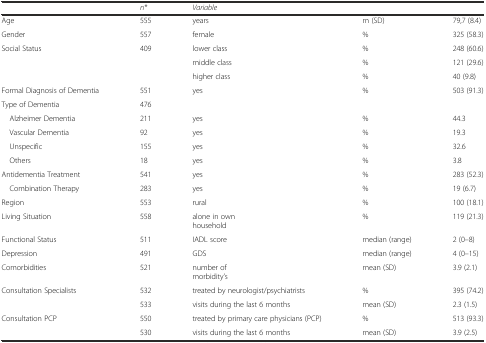
<table><thead><tr><td></td><td><b><i>n*</i></b></td><td><b><i>Variable</i></b></td><td></td><td></td></tr></thead><tbody><tr><td>Age</td><td>555</td><td>years</td><td>m (SD)</td><td>79,7 (8.4)</td></tr><tr><td>Gender</td><td>557</td><td>female</td><td>%</td><td>325 (58.3)</td></tr><tr><td rowspan="3">Social Status</td><td rowspan="3">409</td><td>lower class</td><td>%</td><td>248 (60.6)</td></tr><tr><td>middle class</td><td>%</td><td>121 (29.6)</td></tr><tr><td>higher class</td><td>%</td><td>40 (9.8)</td></tr><tr><td>Formal Diagnosis of Dementia</td><td>551</td><td>yes</td><td>%</td><td>503 (91.3)</td></tr><tr><td>Type of Dementia</td><td>476</td><td></td><td></td><td></td></tr><tr><td> Alzheimer Dementia</td><td>211</td><td>yes</td><td>%</td><td>44.3</td></tr><tr><td> Vascular Dementia</td><td>92</td><td>yes</td><td>%</td><td>19.3</td></tr><tr><td> Unspecific</td><td>155</td><td>yes</td><td>%</td><td>32.6</td></tr><tr><td> Others</td><td>18</td><td>yes</td><td>%</td><td>3.8</td></tr><tr><td>Antidementia Treatment</td><td>541</td><td>yes</td><td>%</td><td>283 (52.3)</td></tr><tr><td> Combination Therapy</td><td>283</td><td>yes</td><td>%</td><td>19 (6.7)</td></tr><tr><td>Region</td><td>553</td><td>rural</td><td>%</td><td>100 (18.1)</td></tr><tr><td>Living Situation</td><td>558</td><td>alone in own household</td><td>%</td><td>119 (21.3)</td></tr><tr><td>Functional Status</td><td>511</td><td>IADL score</td><td>median (range)</td><td>2 (0–8)</td></tr><tr><td>Depression</td><td>491</td><td>GDS</td><td>median (range)</td><td>4 (0–15)</td></tr><tr><td>Comorbidities</td><td>521</td><td>number of morbidity’s</td><td>mean (SD)</td><td>3.9 (2.1)</td></tr><tr><td rowspan="2">Consultation Specialists</td><td>532</td><td>treated by neurologist/psychiatrists</td><td>%</td><td>395 (74.2)</td></tr><tr><td>533</td><td>visits during the last 6 months</td><td>mean (SD)</td><td>2.3 (1.5)</td></tr><tr><td rowspan="2">Consultation PCP</td><td>550</td><td>treated by primary care physicians (PCP)</td><td>%</td><td>513 (93.3)</td></tr><tr><td>530</td><td>visits during the last 6 months</td><td>mean (SD)</td><td>3.9 (2.5)</td></tr></tbody></table>